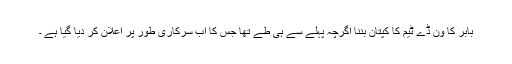
بابر کا ون ڈے ٹیم کا کپتان بننا اگرچہ پہلے سے ہی طے تھا جس کا اب سرکاری طور پر اعلان کر دیا گیا ہے ۔